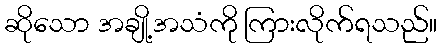
ဆိုသော အချို့အသံကို ကြားလိုက်ရသည်။